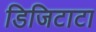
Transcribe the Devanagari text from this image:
डिजिटाटा